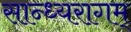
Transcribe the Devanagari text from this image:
सान्ध्यरागम्